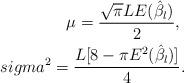
LaTeX: \begin{align*}\mu = \frac{\sqrt{\pi}LE(\hat\beta_l)}{2},\ \\sigma^2 = \frac{L[8-\pi E^2(\hat\beta_l)]}{4}.\end{align*}